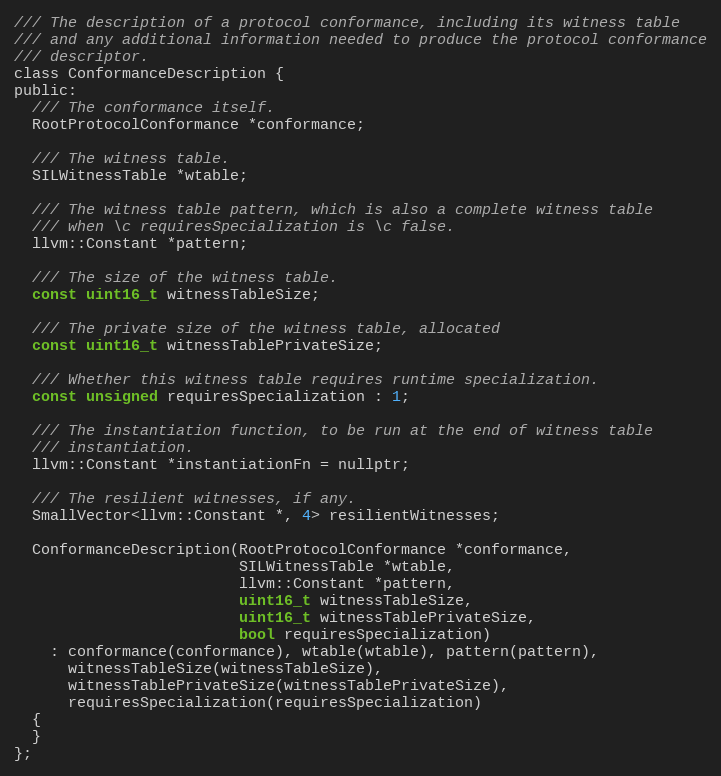
Language: C
/// The description of a protocol conformance, including its witness table
/// and any additional information needed to produce the protocol conformance
/// descriptor.
class ConformanceDescription {
public:
  /// The conformance itself.
  RootProtocolConformance *conformance;

  /// The witness table.
  SILWitnessTable *wtable;

  /// The witness table pattern, which is also a complete witness table
  /// when \c requiresSpecialization is \c false.
  llvm::Constant *pattern;

  /// The size of the witness table.
  const uint16_t witnessTableSize;

  /// The private size of the witness table, allocated
  const uint16_t witnessTablePrivateSize;

  /// Whether this witness table requires runtime specialization.
  const unsigned requiresSpecialization : 1;

  /// The instantiation function, to be run at the end of witness table
  /// instantiation.
  llvm::Constant *instantiationFn = nullptr;

  /// The resilient witnesses, if any.
  SmallVector<llvm::Constant *, 4> resilientWitnesses;

  ConformanceDescription(RootProtocolConformance *conformance,
                         SILWitnessTable *wtable,
                         llvm::Constant *pattern,
                         uint16_t witnessTableSize,
                         uint16_t witnessTablePrivateSize,
                         bool requiresSpecialization)
    : conformance(conformance), wtable(wtable), pattern(pattern),
      witnessTableSize(witnessTableSize),
      witnessTablePrivateSize(witnessTablePrivateSize),
      requiresSpecialization(requiresSpecialization)
  {
  }
};